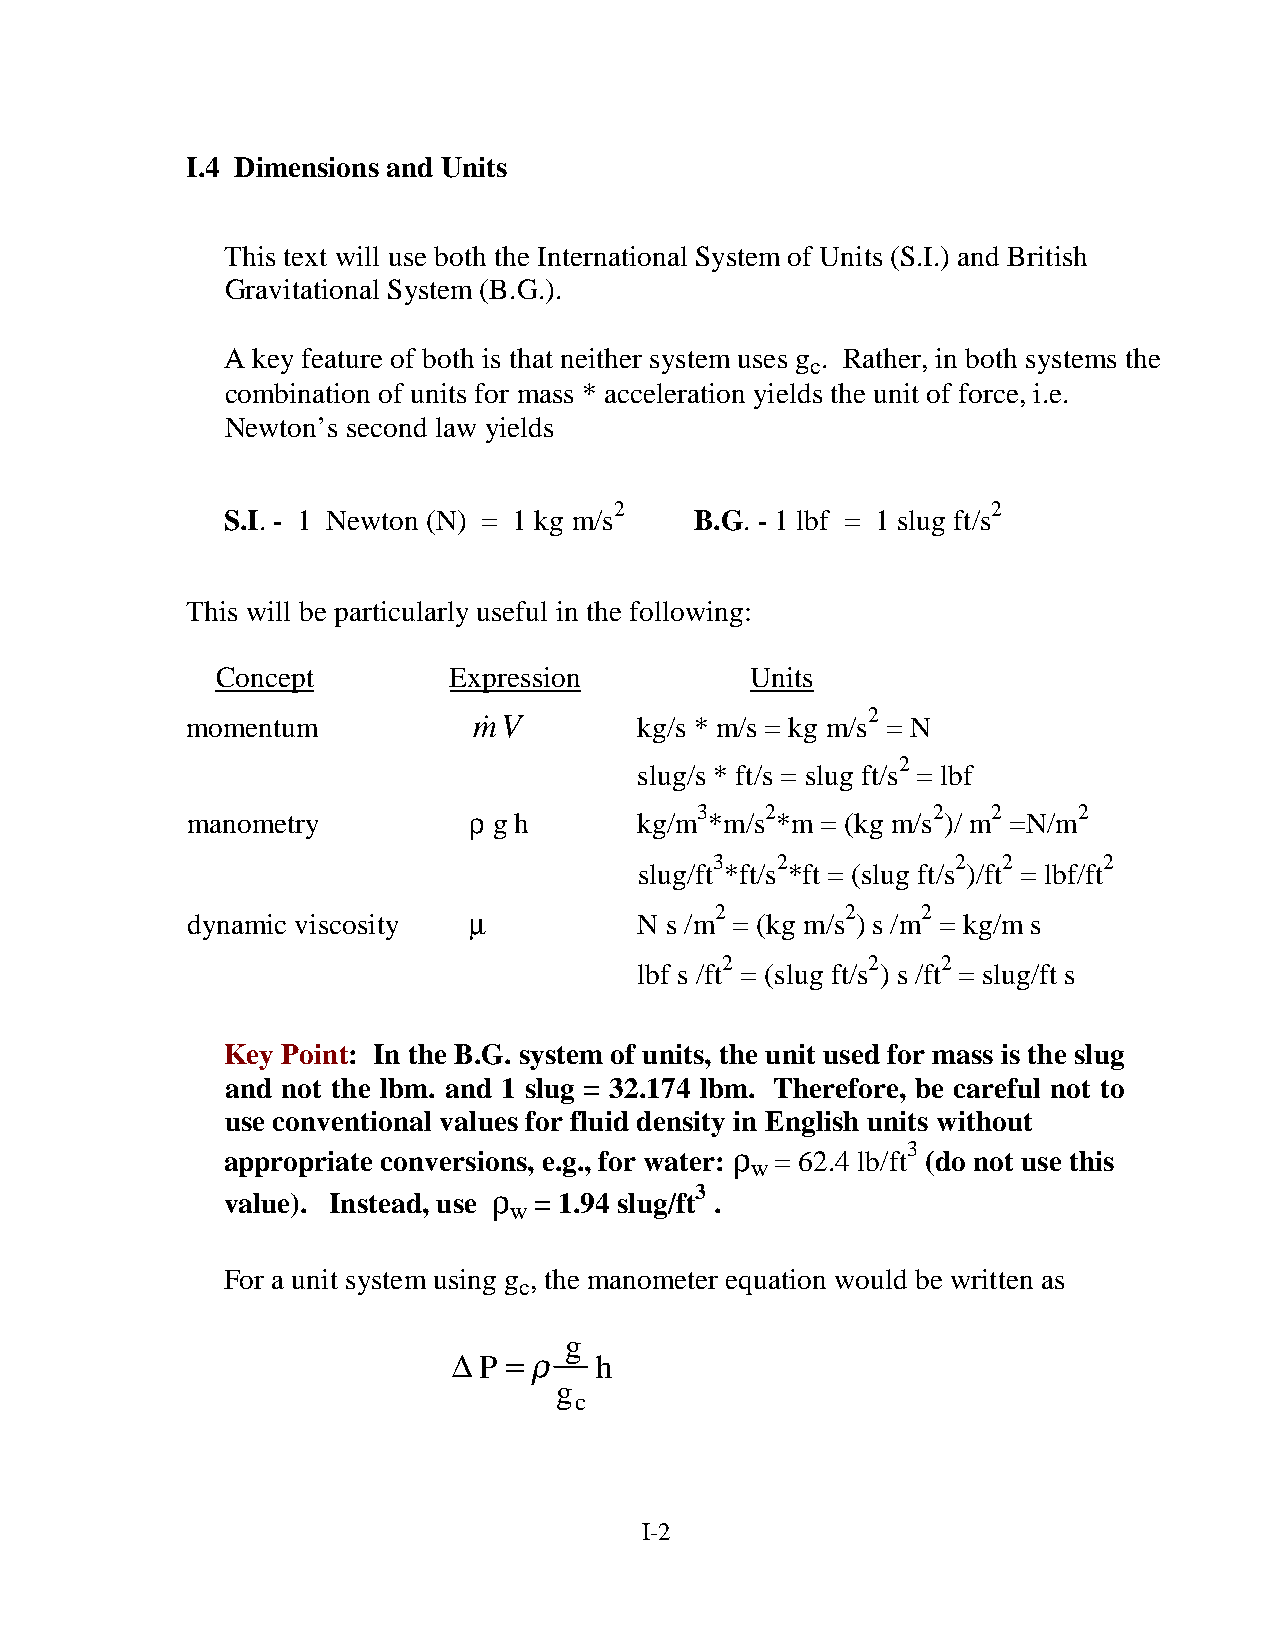
I.4 Dimensions and Units
 This text will use both the International System of Units (S.I.) and British
 Gravitational System (B.G.).
 A key feature of both is that neither system uses g . Rather, in both systems the
 c
 combination of units for mass * acceleration yields the unit of force, i.e.
 Newton’s second law yields
 2                        2
 S.I. - 1 Newton (N) = 1 kg m/s B.G. - 1 lbf = 1 slug ft/s
 This will be particularly useful in the following:
 Concept         Expression          Units
 momentum           m! V       kg/s * m/s = kg m/s2 = N
 2
 slug/s * ft/s = slug ft/s = lbf
 ρ              3    2          2   2    2
 manometry            g h      kg/m *m/s *m = (kg m/s )/ m =N/m
 3   2           2  2      2
 slug/ft *ft/s *ft = (slug ft/s )/ft = lbf/ft
 µ               2        2    2
 dynamic viscosity             N s /m = (kg m/s )s /m = kg/m s
 2         2   2
 lbf s /ft = (slug ft/s ) s /ft = slug/ft s
 Key Point: In the B.G. system of units, the unit used for mass is the slug
 and not the lbm. and 1 slug = 32.174 lbm. Therefore, be careful not to
 use conventional values for fluid density in English units without
 ρ          3
 appropriate conversions, e.g., for water: = 62.4 lb/ft (do not use this
 w
 ρ            3
 value). Instead, use = 1.94 slug/ft .
 w
 For a unit system using g , the manometer equation would be written as
 c
 g
 ∆   = ρ
 P      h
 g
 c
 I-2